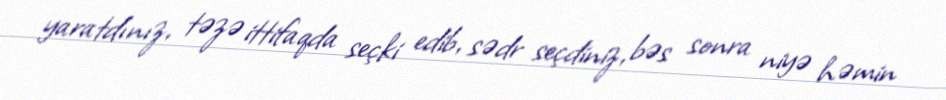
yaratdınız, təzə ittifaqda seçki edib, sədr seçdiniz, bəs sonra niyə həmin